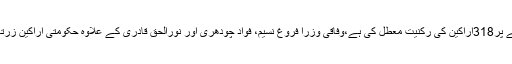
تفصیلات کیمطابق الیکن کمیشن نے اثاثوں کی تفصیلات جمع نہ کروانے پر318اراکین کی رکنیت معطل کی ہے،وفاقی وزرا فروغ نسیم، فواد چودھری اور نورالحق قادری کے علاوہ حکومتی اراکین زرتاج گل، عامرلیاقت بھی رکنیت معطل ہونے والے اراکین میں شامل ہیں۔